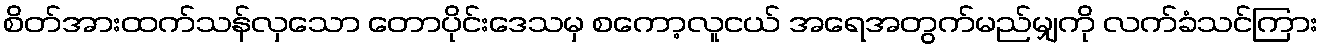
စိတ်အားထက်သန်လှသော တောပိုင်းဒေသမှ စကော့လူငယ် အရေအတွက်မည်မျှကို လက်ခံသင်ကြား